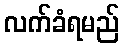
လက်ခံရမည်